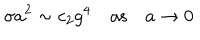
\sigma a ^ { 2 } \sim c _ { 2 } g ^ { 4 } \quad \mathrm { a s } \quad a \to 0